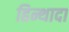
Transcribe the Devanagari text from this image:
हिन्थादा